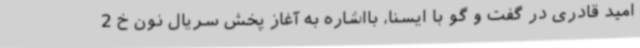
امید قادری در گفت و گو با ایسنا، بااشاره به آغاز پخش سریال نون خ 2